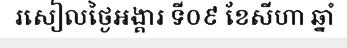
រសៀលថ្ងៃអង្គារ ទី០៩ ខែសីហា ឆ្នាំ